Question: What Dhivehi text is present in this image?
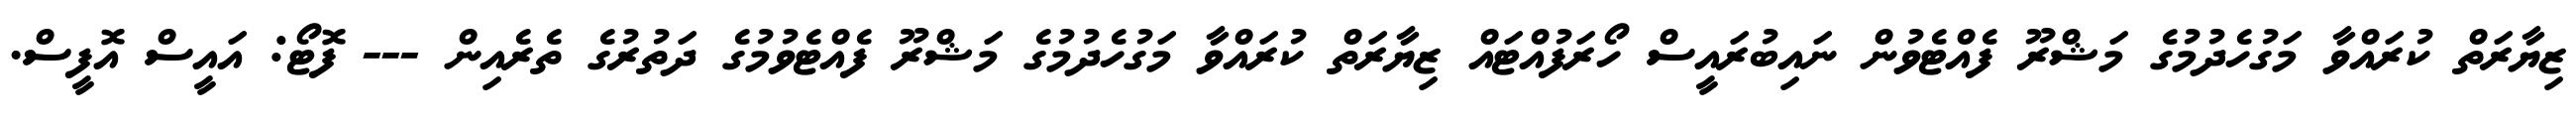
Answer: ޒިޔާރަތް ކުރައްވާ މަގުހެދުމުގެ މަޝްރޫ ފެއްޓެވުން ނައިބުރައީސް ހޯރަފުއްޓައް ޒިޔާރަތް ކުރައްވާ މަގުހެދުމުގެ މަޝްރޫ ފެއްޓެވުމުގެ ދަތުރުގެ ތެރެއިން --- ފޮޓޯ: އައީސް އޮފީސް.